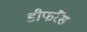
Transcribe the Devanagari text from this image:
डीफरैंस